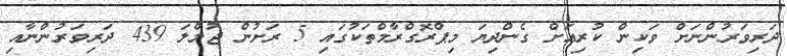
ދަރިވަރުންނަށް ވަކިން ކުރިއަށް ގެންދިޔަ މިޕްރޮގްރާމްތަކުގައި 5 ރަށުން ޖުމްލަ 439 ދަރިވަރުންނާއި